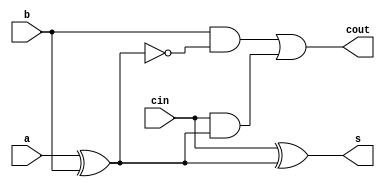
module fulladder(a,b,cin,s,cout);
	input a, b, cin;
	output s, cout;
	
	assign s = cin ^ (a ^ b);
	assign cout = (b & ~(a^b)) | (cin & (a^b));
	
endmodule

module ripple(a, b, cin, s, cout);
	input [3:0]a, b; 
	input cin;
	output [3:0]s, cout;
	
	wire [2:0] connection;
	
	fulladder u0(
	.a(a[0]),
	.b(b[0]),
	.cin(cin),
	.s(s[0]),
	.cout(connection[0])
	);
	
	assign cout[0] = connection[0];
	
	fulladder u1(
	.a(a[1]),
	.b(b[1]),
	.cin(connection[0]),
	.s(s[1]),
	.cout(connection[1])
	);
	
	assign cout[1] = connection[1];
	
	fulladder u2(
	.a(a[2]),
	.b(b[2]),
	.cin(connection[1]),
	.s(s[2]),
	.cout(connection[2])
	);

	assign cout[2] = connection[2];	
	
	fulladder u3(
	.a(a[3]),
	.b(b[3]),
	.cin(connection[2]),
	.s(s[3]),
	.cout(cout[3])
	);
	
endmodule

module sext(input signed [3:0] in, output signed [7:0] out);

    assign out = in;

endmodule

module option(a, b, out);
input [3:0] a,b;
output reg [7:0] out;
 
always @(*) begin

if (a[0] | a[1] | a[2] | a[3] | b[0] | b[1] | b[2] | b[3] == 1'b1)
begin
out[7:0] = 8'b00000001;
end

else
begin
out[7:0] = 8'b00000000;
end
end
endmodule


module option2(input [3:0] a, input[3:0] b, output reg [7:0] out);
always @(*) begin

if (a[0] & a[1] & a[2] & a[3] & b[0] & b[1] & b[2] & b[3] == 1'b1)
begin
out[7:0] = 8'b00000001;
end

else
begin
out[7:0] = 8'b00000000;
end
end
endmodule


module ALU(A, register, Function, ALUout);

input [3:0] A;
input[7:0] register;
input [2:0] Function;
output reg [7:0] ALUout;

wire [3:0] B;
assign B = register[3:0];


wire [7:0] output1, output2, output3, output4;
ripple v1(
								.a(A[3:0]),
								.b(B[3:0]),
								.cin(1'b0),
								.s(output1[3:0]),
								.cout(output1[7:4])
								);

always @ (*)
begin
	case(Function[2:0])
	3'b000: ALUout[7:0] = output1[7:0];
	3'b001: ALUout[7:0] = {A+B};
	3'b010: ALUout[7:0] = output2[7:0];
	3'b011: ALUout[7:0] = output3[7:0];
	3'b100: ALUout[7:0] = output4[7:0];
	3'b101: ALUout[7:0] = B[3:0] << A[3:0];
	3'b110: ALUout[7:0] = {A*B};
	3'b111: ALUout[7:0] = register;
	default: ALUout[7:0] = 8'b00000000;
	endcase
end
endmodule

module register(in, out, clock, reset_b);
input [7:0] in;
input clock, reset_b;
output reg [7:0] out;

always@(posedge clock)
begin
if(reset_b == 1'b0)
	out <= 0;
else
	out <= in;
end
endmodule

module part2(Clock, Reset_b, Data, Function, ALUout);
input Clock, Reset_b;
input [3:0] Data;
input [2:0] Function;
output [7:0] ALUout;

wire [7:0] connection1;
wire [7:0] connection2;

register u1(.in(connection1[7:0]), .out(connection2[7:0]), .clock(Clock), .reset_b(Reset_b));
ALU v1(.A(Data), .register(connection2[7:0]), .Function(Function), .ALUout(connection1[7:0]));

assign ALUout = connection2;

endmodule